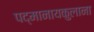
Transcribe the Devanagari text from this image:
पद्मानायकुलाना